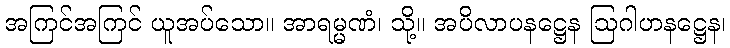
အကြင်အကြင် ယူအပ်သော။ အာရမ္မဏံ၊ သို့။ အပိလာပနဋ္ဌေန ဩဂါဟနဋ္ဌေန၊